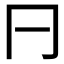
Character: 𠔼